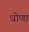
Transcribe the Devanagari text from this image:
धोणा